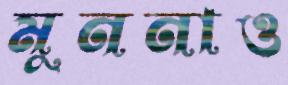
মুননাও